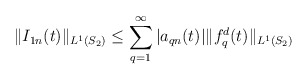
\begin{align*}\Vert I_{1n}(t)\Vert_{L^1(S_2)} \leq\sum _{q=1}^{\infty}\vert a_{qn}(t)\vert \Vert f_q^d(t) \Vert_{L^1(S_2)}\end{align*}